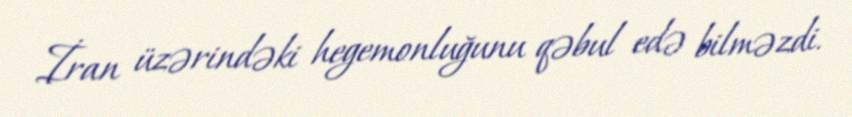
İran üzərindəki hegemonluğunu qəbul edə bilməzdi.